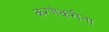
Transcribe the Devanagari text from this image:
करणेकरीता